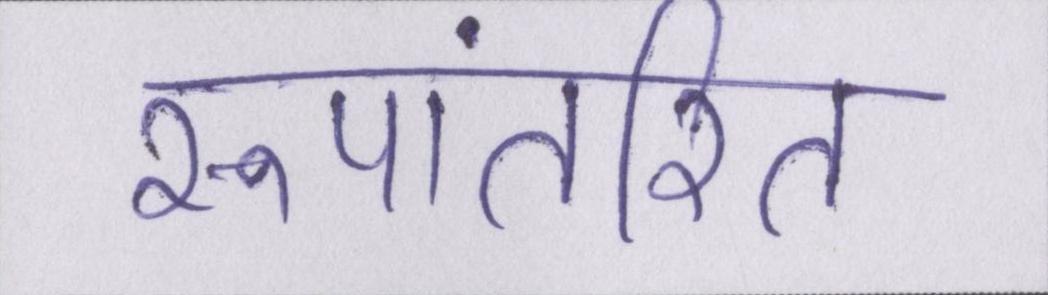
रूपांतरित